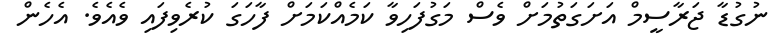
ނުގުޑާ ޖަރާސީމް އަށަގަތުމަށް ވެސް މަގުފަހިވާ ކަމެއްކަމަށް ފާހަގަ ކުރެވިފައި ވެއެވެ. އެހެން